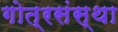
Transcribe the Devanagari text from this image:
गोत्रसंस्था